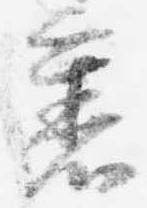
裏